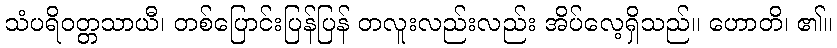
သံပရိဝတ္တသာယီ၊ တစ်ပြောင်းပြန်ပြန် တလူးလည်းလည်း အိပ်လေ့ရှိသည်။ ဟောတိ၊ ၏။